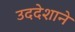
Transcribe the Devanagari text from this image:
उददेशाने